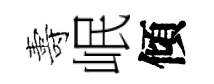
夀岷傾